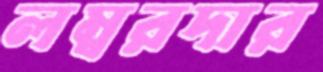
লম্বরদার